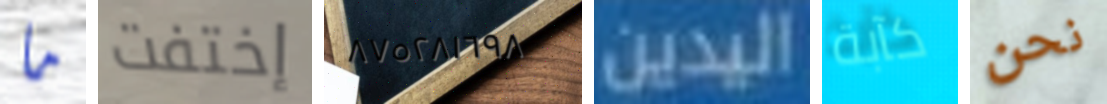
ما إختفت ٨٧٥٢٨١٦٩٨ اليدين كآبة نحن